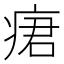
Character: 𤶷